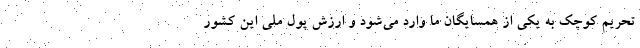
تحريم كوچك به يكي از همسايگان ما وارد مي‌شود و ارزش پول ملي اين كشور